Report on vaccination in Madras 1877-1894 - 1877-1894
Year: 1877
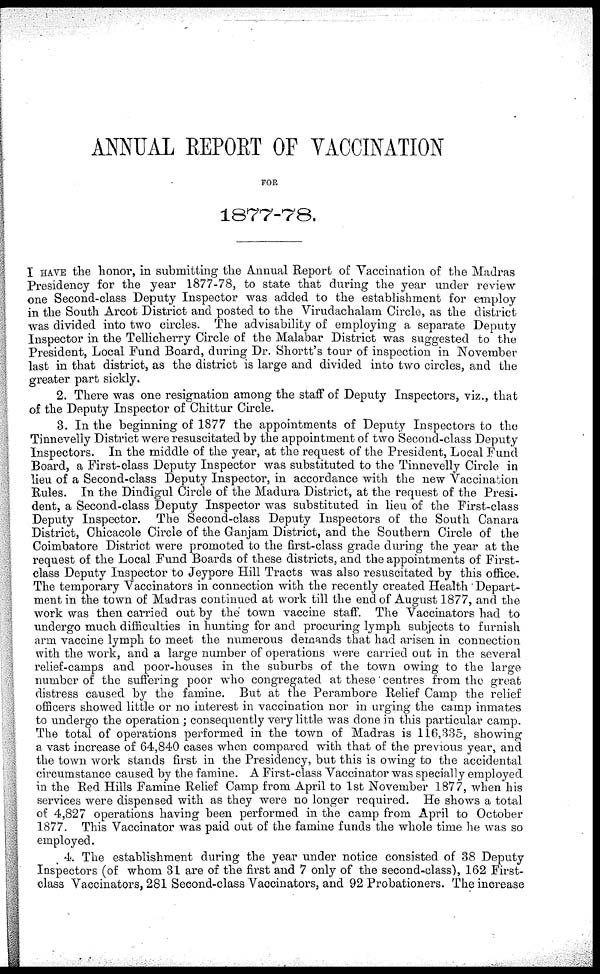
ANNUAL REPORT OF VACCINATION
FOR
1877-78.
I HAVE the honor, in submitting the Annual Report of Vaccination of the Madras
Presidency for the year 1877-78, to state that during the year under review
one Second-class Deputy Inspector was added to the establishment for employ
in the South Arcot District and posted to the Virudachalam Circle, as the district
was divided into two circles. The advisability of employing a separate Deputy
Inspector in the Tellicherry Circle of the Malabar District was suggested to the
President, Local Fund Board, during Dr. Shortt's tour of inspection in November
last in that district, as the district is large and divided into two circles, and the
greater part sickly.
2. There was one resignation among the staff of Deputy Inspectors, viz., that
of the Deputy Inspector of Chittur Circle.
3. In the beginning of 1877 the appointments of Deputy Inspectors to the
Tinnevelly District were resuscitated by the appointment of two Second-class Deputy
Inspectors. In the middle of the year, at the request of the President, Local Fund
Board, a First-class Deputy Inspector was substituted to the Tinnevelly Circle in
lieu of a Second-class Deputy Inspector, in accordance with the new Vaccination
Rules. In the Dindigul Circle of the Madura District, at the request of the Presi-
dent, a Second-class Deputy Inspector was substituted in lieu of the First-class
Deputy Inspector. The Second-class Deputy Inspectors of the South Canara
District, Chicacole Circle of the Ganjam District, and the Southern Circle of the
Coimbatore District were promoted to the first-class grade during the year at the
request of the Local Fund Boards of these districts, and the appointments of First-
class Deputy Inspector to Jeypore Hill Tracts was also resuscitated by this office.
The temporary Vaccinators in connection with the recently created Health Depart-
ment in the town of Madras continued at work till the end of August 1877, and the
work was then carried out by the town vaccine staff. The Vaccinators had to
undergo much difficulties in hunting for and procuring lymph subjects to furnish
arm vaccine lymph to meet the numerous demands that had arisen in connection
with the work, and a large number of operations were carried out in the several
relief-camps and poor-houses in the suburbs of the town owing to the large
number of the suffering poor who congregated at these centres from the great
distress caused by the famine. But at the Perambore Relief Camp the relief
officers showed little or no interest in vaccination nor in urging the camp inmates
to undergo the operation ; consequently very little was done in this particular camp.
The total of operations performed in the town of Madras is 116,335, showing
a vast increase of 64,840 cases when compared with that of the previous year, and
the town work stands first in the Presidency, but this is owing to the accidental
circumstance caused by the famine. A First-class Vaccinator was specially employed
in the Red Hills Famine Relief Camp from April to 1st November 1877, when his
services were dispensed with as they were no longer required. He shows a total
of 4,827 operations having been performed in the camp from April to October
1877. This Vaccinator was paid out of the famine funds the whole time he was so
employed.
4. The establishment during the year under notice consisted of 38 Deputy
Inspectors (of whom 31 are of the first and 7 only of the second-class), 162 First-
class Vaccinators, 281 Second-class Vaccinators, and 92 Probationers. The increase